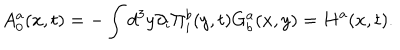
LaTeX: A _ { 0 } ^ { a } ( x , t ) = - \int d ^ { 3 } y \partial _ { i } \Pi _ { i } ^ { b } ( y , t ) G _ { b } ^ { a } ( x , y ) = H ^ { a } ( x , t ) .